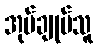
အုပ်ချုပ်သူ